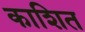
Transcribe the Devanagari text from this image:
काशित